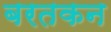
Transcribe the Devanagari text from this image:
बरतकन